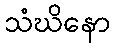
သံဃိနော